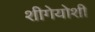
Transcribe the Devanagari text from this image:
शीगेयोशी